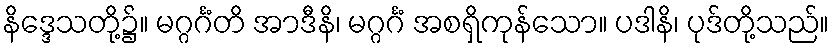
နိဒ္ဒေသတို့၌။ မဂ္ဂင်္ဂံတိ အာဒီနိ၊ မဂ္ဂင်္ဂံ အစရှိကုန်သော။ ပဒါနိ၊ ပုဒ်တို့သည်။